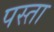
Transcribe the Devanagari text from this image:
पस्ता